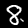
Digit: 8